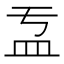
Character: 𥁄